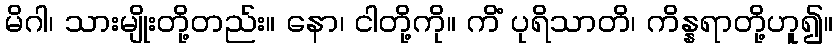
မိဂါ၊ သားမျိုးတို့တည်း။ နော၊ ငါတို့ကို။ ကိံ ပုရိသာတိ၊ ကိန္နရာတို့ဟူ၍။